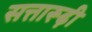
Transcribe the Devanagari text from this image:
सत्तारूढ़ी